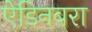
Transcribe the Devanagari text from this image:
ऐडिनबरा